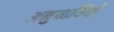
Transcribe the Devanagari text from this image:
अनुयायियों